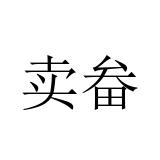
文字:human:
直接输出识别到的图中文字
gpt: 卖畚